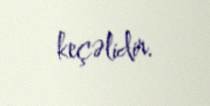
keçəlidir.